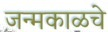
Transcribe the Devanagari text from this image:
जन्मकाळचे